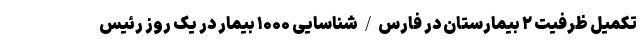
تکمیل ظرفیت ۲ بیمارستان در فارس/شناسایی ۱۰۰۰ بیمار در یک روز رئیس